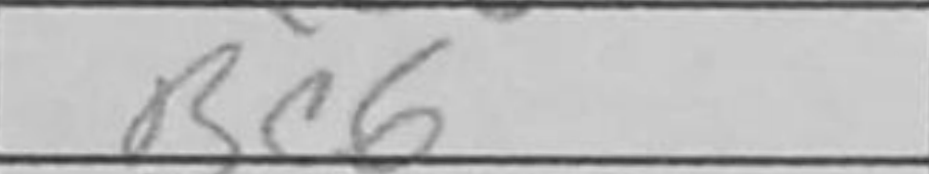
Transcription: Bc6